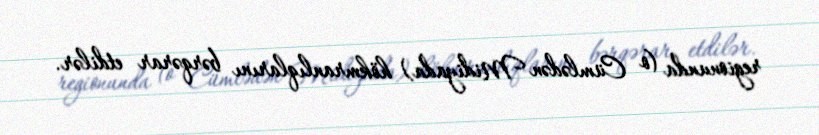
regionunda (o Cümlədən Midiyada) hökmranlıqlarını bərqərar etdilər.